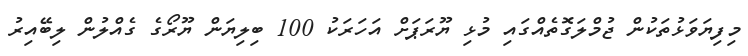
މިފިޔަވަޅުތަކުން ޖުމްލަގޮތެއްގައި މުޅި ޔޫރަޕަށް އަހަރަކު 100 ބިލިޔަން ޔޫރޯގެ ގެއްލުން ލިބޭއިރު